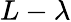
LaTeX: L-\lambda